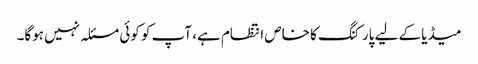
میڈیا کے لیے پارکنگ کا خاص انتظام ہے، آپ کو کوئی مسئلہ نہیں ہوگا۔